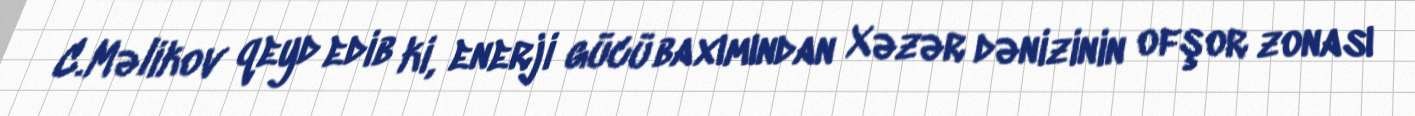
C.Məlikov qeyd edib ki, enerji gücü baxımından Xəzər dənizinin ofşor zonası